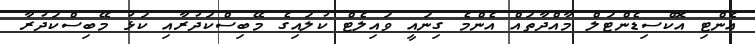
އެންޓި އޮކްސިޑެންޓަލް މާއްދާތައް އެންމެ ގިނައީ ވައިލެޓް ކުލައިގެ މޭބިސްކަދުރާއި ކަޅު މޭބިސްކަދުރާ